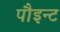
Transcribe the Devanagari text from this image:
पौइन्ट